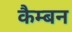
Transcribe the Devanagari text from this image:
कैम्बन